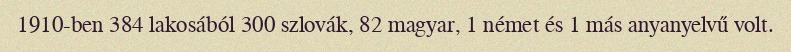
1910-ben 384 lakosából 300 szlovák, 82 magyar, 1 német és 1 más anyanyelvű volt.